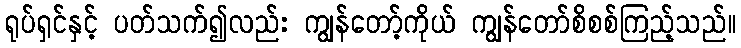
ရုပ်ရှင်နှင့် ပတ်သက်၍လည်း ကျွန်တော့်ကိုယ် ကျွန်တော်စိစစ်ကြည့်သည်။